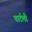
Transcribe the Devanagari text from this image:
पार्टली